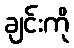
ချင်းကို